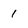
Character: 1